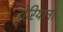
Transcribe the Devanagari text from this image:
तोरियाना